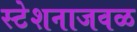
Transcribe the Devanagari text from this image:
स्टेशनाजवळ